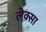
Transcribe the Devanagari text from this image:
लेक्सा